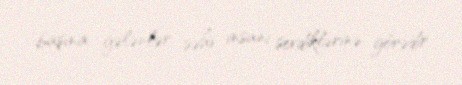
başına gələnlər səhv insanı sevdiklərinə görədir.